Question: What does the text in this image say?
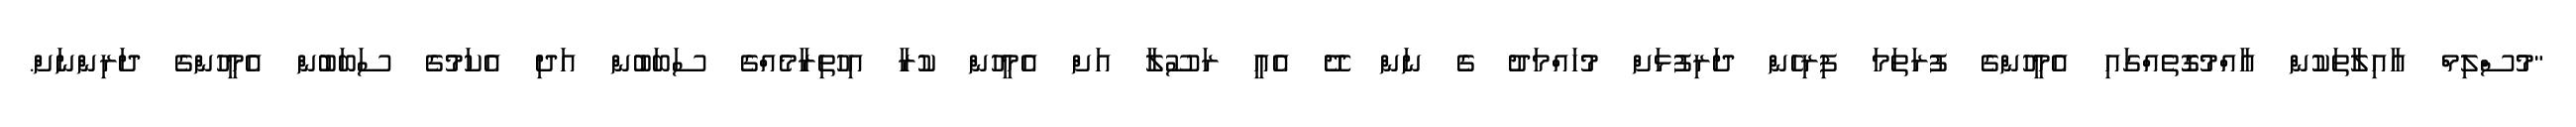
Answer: "މުސްލިމް އާއިލާތަކުން އާއްމުގޮތެއްގައި އެމީހުންގެ ފުރަތަމަ ފިރިހެން ދަރިފުޅަށް މުހައްމަދު ގެ ނަން ދޭ އެއީ ރަސޫލާ އަށް އެމީހުން ކުރާ އިހުތިރާމެއްގެ ސަބަބުން އަދި އެކަމުގެ ސަބަބުން އެމީހުންގެ ދަރިންނަށް.